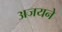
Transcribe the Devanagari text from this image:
अजयने